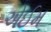
એઈમ